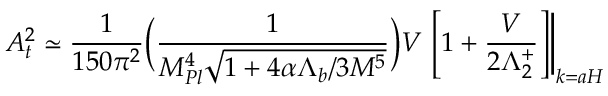
A _ { \sc t } ^ { 2 } \simeq \frac { 1 } { 1 5 0 \pi ^ { 2 } } \bigg ( \frac { 1 } { M _ { P l } ^ { 4 } \sqrt { 1 + 4 \alpha \Lambda _ { b } / 3 M ^ { 5 } } } \bigg ) V \left. \left[ 1 + \frac { V } { 2 \Lambda _ { 2 } ^ { + } } \right] \right| _ { k = a H } \,